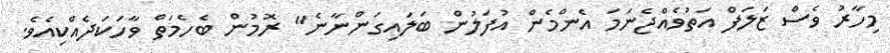
މިހާރު ވެސް ޒަލަފް އަތުވެއްޖެނަމަ އެންމެން އުފަލުން ބަލައިގަންނާނެ" ރޮމުން ބެހެމަތް ވާހަކަދެއްކިއެވެ.